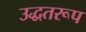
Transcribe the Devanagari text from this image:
उद्धतरूप